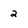
Character: 2